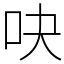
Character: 吷